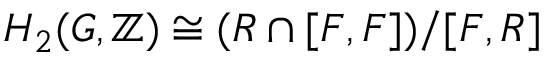
H _ { 2 } ( G , \mathbb { Z } ) \cong ( R \cap [ F , F ] ) / [ F , R ]